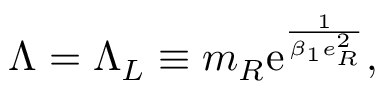
\Lambda = \Lambda _ { L } \equiv m _ { R } \mathrm { e } ^ { \frac { 1 } { \beta _ { 1 } e _ { R } ^ { 2 } } } ,